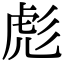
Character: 彪